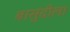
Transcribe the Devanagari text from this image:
बासुंदीला